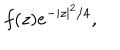
f ( z ) e ^ { - \vert z \vert ^ { 2 } / 4 } ,